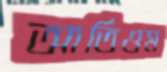
আর্তিওম